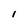
Character: 1